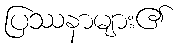
ပြဿနာများ၏